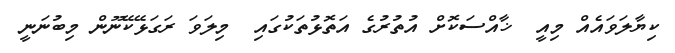
ކިޔާލަވައެއް މިއީ  ޚާއްސަކޮށް އުތުރުގެ އަތޮޅުތަކުގައި  މިލަވަ ރަގަޅޭކޭނޫން މިބުނަނީ